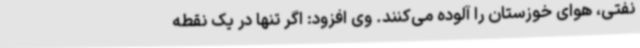
نفتی، هوای خوزستان را آلوده می‌کنند. وی افزود: اگر تنها در یک نقطه